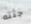
جثته